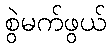
စွဲမက်ဖွယ်